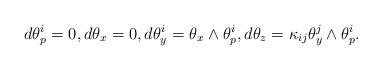
LaTeX: \begin{gather*}d\theta^i_p = 0, d\theta_{x} = 0, d\theta_y^i = \theta_{x} \wedge \theta_{p}^i, d\theta_z = \kappa_{ij}\theta_y^j \wedge \theta_p^i.\end{gather*}